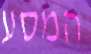
המסע